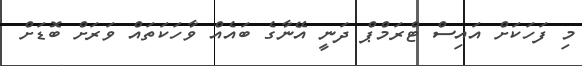
މި ފަހަކަށް އައިސް ޓްރަމްޕް ދަނީ އޭނާގެ ބައެއް ވާހަކަތައް ވަރަށް ބޮޑަށް